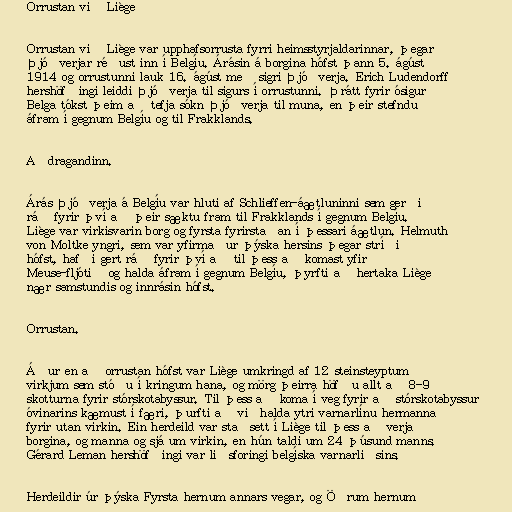
Orrustan við Liège

Orrustan við Liège var upphafsorrusta fyrri heimsstyrjaldarinnar, þegar
Þjóðverjar réðust inn í Belgíu. Árásin á borgina hófst þann 5. ágúst
1914 og orrustunni lauk 16. ágúst með sigri Þjóðverja. Erich Ludendorff
hershöfðingi leiddi Þjóðverja til sigurs í orrustunni. Þrátt fyrir ósigur
Belga tókst þeim að tefja sókn Þjóðverja til muna, en þeir stefndu
áfram í gegnum Belgíu og til Frakklands.

Aðdragandinn.

Árás Þjóðverja á Belgíu var hluti af Schlieffen-áætluninni sem gerði
ráð fyrir því að þeir sæktu fram til Frakklands í gegnum Belgíu.
Liège var virkisvarin borg og fyrsta fyrirstaðan í þessari áætlun. Helmuth
von Moltke yngri, sem var yfirmaður þýska hersins þegar stríðið
hófst, hafði gert ráð fyrir því að til þess að komast yfir
Meuse-fljótið og halda áfram í gegnum Belgíu, þyrfti að hertaka Liège
nær samstundis og innrásin hófst.

Orrustan.

Áður en að orrustan hófst var Liège umkringd af 12 steinsteyptum
virkjum sem stóðu í kringum hana, og mörg þeirra höfðu allt að 8-9
skotturna fyrir stórskotabyssur. Til þess að koma í veg fyrir að stórskotabyssur
óvinarins kæmust í færi, þurfti að viðhalda ytri varnarlínu hermanna
fyrir utan virkin. Ein herdeild var staðsett í Liège til þess að verja
borgina, og manna og sjá um virkin, en hún taldi um 24 þúsund manns.
Gérard Leman hershöfðingi var liðsforingi belgíska varnarliðsins.

Herdeildir úr þýska Fyrsta hernum annars vegar, og Öðrum hernum